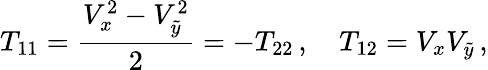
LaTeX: T_{11}=\frac{V_{x}^{2}-V_{\tilde{y}}^{2}}2=-T_{22}\, ,\quad T_{12}=V_{x}V_{\tilde{y}}\, ,